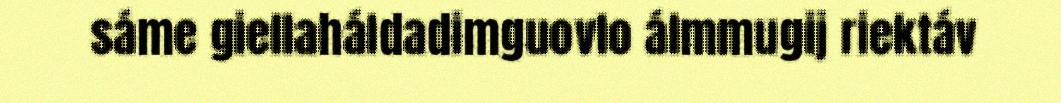
sáme giellaháldadimguovlo álmmugij riektáv